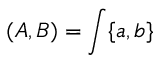
( A , B ) = \int \{ a , b \}